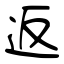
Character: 返